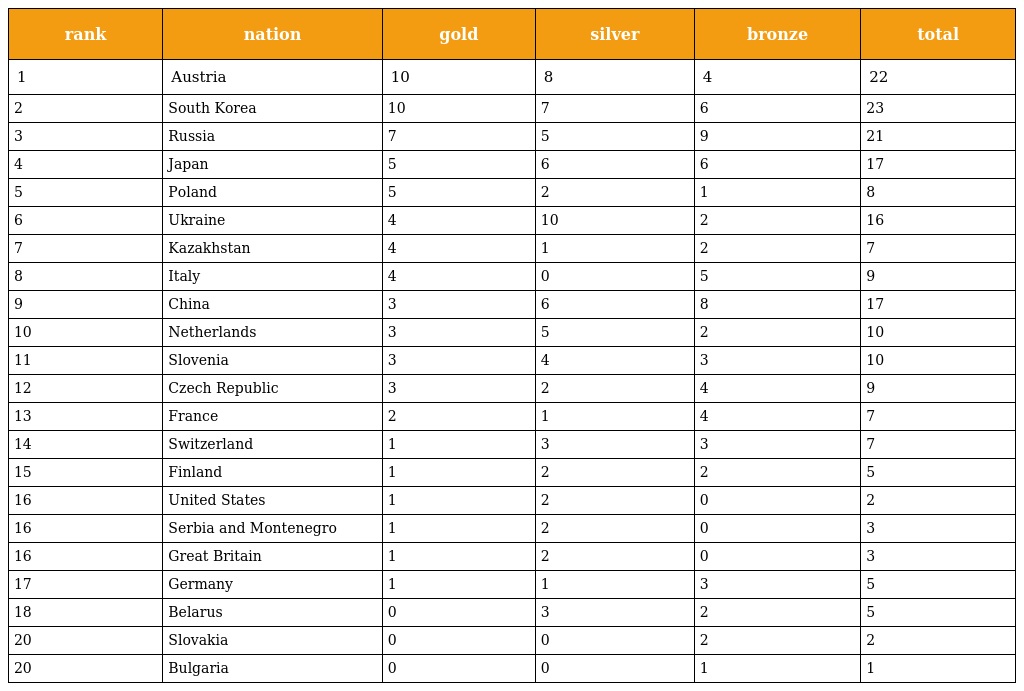
| rank | nation | gold | silver | bronze | total |
 | --- | --- | --- | --- | --- | --- |
 | 1 | Austria | 10 | 8 | 4 | 22 |
 | 2 | South Korea | 10 | 7 | 6 | 23 |
 | 3 | Russia | 7 | 5 | 9 | 21 |
 | 4 | Japan | 5 | 6 | 6 | 17 |
 | 5 | Poland | 5 | 2 | 1 | 8 |
 | 6 | Ukraine | 4 | 10 | 2 | 16 |
 | 7 | Kazakhstan | 4 | 1 | 2 | 7 |
 | 8 | Italy | 4 | 0 | 5 | 9 |
 | 9 | China | 3 | 6 | 8 | 17 |
 | 10 | Netherlands | 3 | 5 | 2 | 10 |
 | 11 | Slovenia | 3 | 4 | 3 | 10 |
 | 12 | Czech Republic | 3 | 2 | 4 | 9 |
 | 13 | France | 2 | 1 | 4 | 7 |
 | 14 | Switzerland | 1 | 3 | 3 | 7 |
 | 15 | Finland | 1 | 2 | 2 | 5 |
 | 16 | United States | 1 | 2 | 0 | 2 |
 | 16 | Serbia and Montenegro | 1 | 2 | 0 | 3 |
 | 16 | Great Britain | 1 | 2 | 0 | 3 |
 | 17 | Germany | 1 | 1 | 3 | 5 |
 | 18 | Belarus | 0 | 3 | 2 | 5 |
 | 20 | Slovakia | 0 | 0 | 2 | 2 |
 | 20 | Bulgaria | 0 | 0 | 1 | 1 |